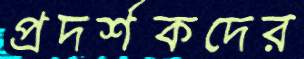
প্রদর্শকদের